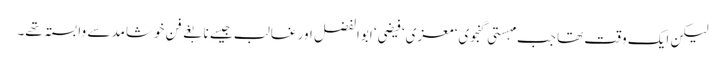
لیکن ایک وقت تھا جب مہستی گنجوی‘ معزی‘ فیضی‘ ابوالفضل اور غالب جیسے نابغے فنِ خوشامد سے وابستہ تھے۔